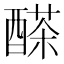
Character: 𨢕